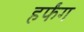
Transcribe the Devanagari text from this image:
हर्फंग